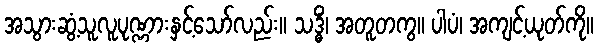
အသွားဆွံ့သူလူပုဏ္ဏားနှင့်သော်လည်း။ သဒ္ဓိံ၊ အတူတကွ။ ပါပံ၊ အကျင့်ယုတ်ကို။